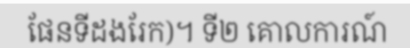
ផែនទីដងរែក)។ ទី២ គោលការណ៍